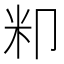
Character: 𮇄